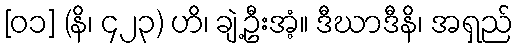
[၀၁] (နိ၊ ၄၂၃) ဟိ၊ ချဲ့ဦးအံ့။ ဒီဃာဒီနိ၊ အရှည်